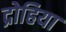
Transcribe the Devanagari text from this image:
द्रोहिया